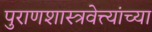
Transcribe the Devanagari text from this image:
पुराणशास्त्रवेत्त्यांच्या